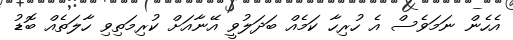
އެހެން ނަމަވެސް އެ ހުރިހާ ކަމެއް ބަދަލުވީ އޭނާއަށް ކުރިމަތިވި ހާލަތެއް ބޮޑު